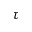
\tau